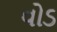
વોડ